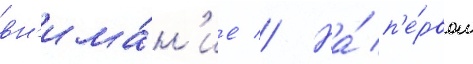
вн'има́н'ие // На́ п'е́рвом